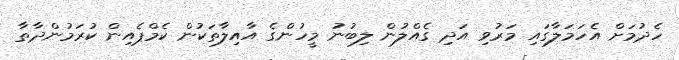
ހެދުމަށް އެހަމަލާގައި މަރުވި އަދި ގެއްލުން ލިބުނު މީހުންގެ އާއިލާތަކުން ކެމްޕެއިން ކުރަމުންދާތާ